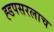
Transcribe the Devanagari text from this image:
ह्डपसरलाच